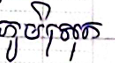
ភូមិស្រុក